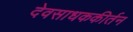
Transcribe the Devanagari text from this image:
देवसाधककीर्तन